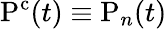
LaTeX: \mathrm{P^{c}}(t)\equiv\mathrm{P}_{n}(t)